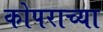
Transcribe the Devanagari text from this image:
कोपराच्या